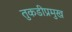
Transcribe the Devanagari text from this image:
तुकडीप्रमुख